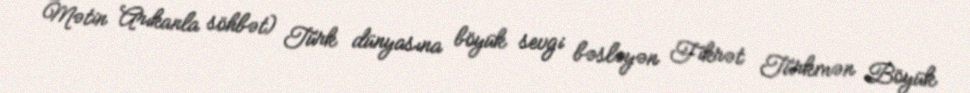
Mətin Arıkanla söhbət) Türk dünyasına böyük sevgi bəsləyən Fikrət Türkmən Böyük